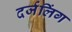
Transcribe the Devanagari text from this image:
दर्जलिंग